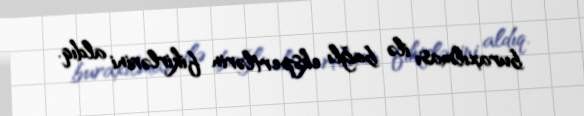
buraxılması ilə bağlı ekspertlərin fikirlərini aldıq.